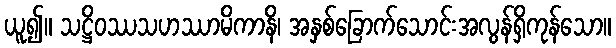
ယူ၍။ သဋ္ဌိဝဿသဟဿာမိကာနိ၊ အနှစ်ခြောက်သောင်းအလွန်ရှိကုန်သော။